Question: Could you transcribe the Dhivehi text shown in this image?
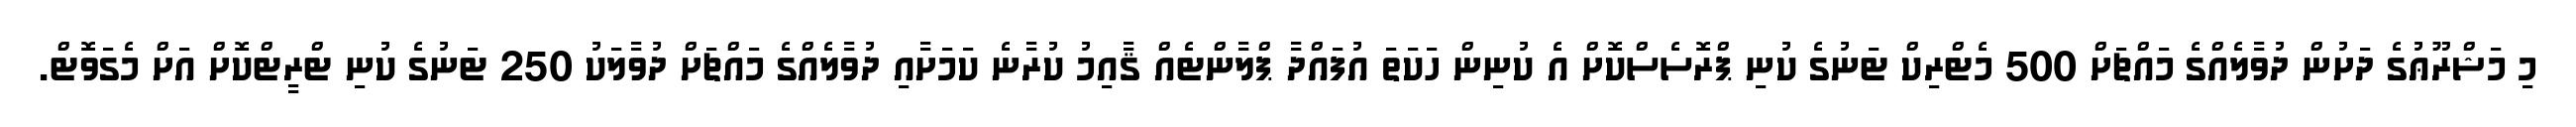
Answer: މި މަޝްރޫޢުގެ ދަށުން ދުވާލެއްގެ މައްޗަށް 500 މެޓްރިކް ޓަނުގެ ކުނި ޕްރޮސެސްކޮށް އެ ކުނިން ހަކަތަ އުފައްދާ ޕްލާންޓެއް ޤާއިމު ކުރާނެ ކަމަށާއި ދުވާލެއްގެ މައްޗަށް ދުވާލަކު 250 ޓަނުގެ ކުނި ޓްރީޓްކޮށް އަށް މެގަވޮޓް.